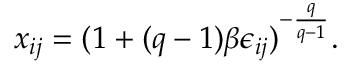
x _ { i j } = ( 1 + ( q - 1 ) \beta \epsilon _ { i j } ) ^ { - \frac { q } { q - 1 } } .